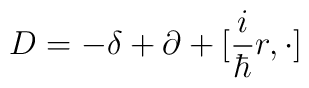
D = -  \delta + \partial + [ \frac{i}{\hbar} r , \cdot ]